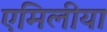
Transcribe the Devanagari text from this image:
एमिलीया